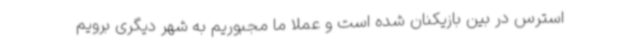
استرس در بین بازیکنان شده است و عملا ما مجبوریم به شهر دیگری برویم